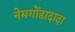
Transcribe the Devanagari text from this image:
नेमगोंडादादा